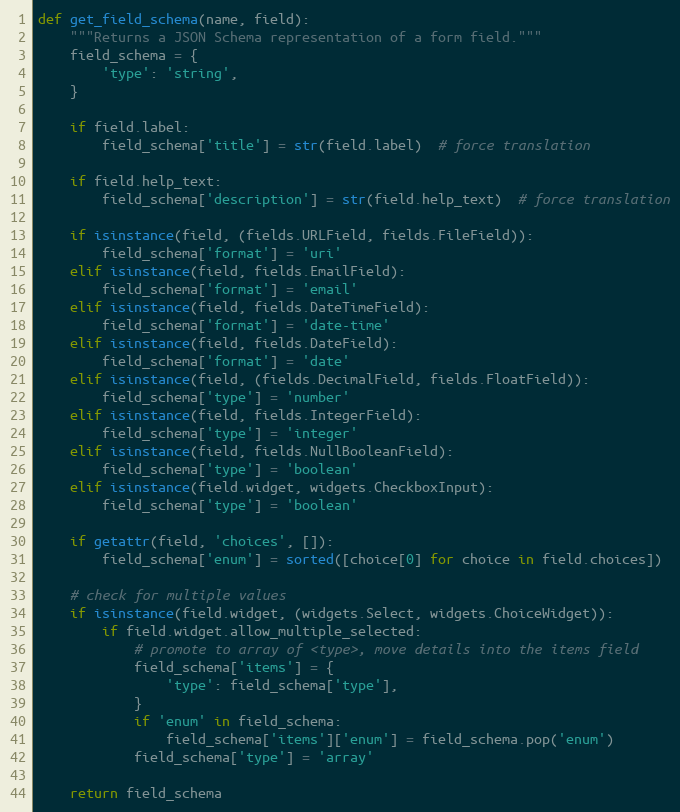
Language: Python
def get_field_schema(name, field):
    """Returns a JSON Schema representation of a form field."""
    field_schema = {
        'type': 'string',
    }

    if field.label:
        field_schema['title'] = str(field.label)  # force translation

    if field.help_text:
        field_schema['description'] = str(field.help_text)  # force translation

    if isinstance(field, (fields.URLField, fields.FileField)):
        field_schema['format'] = 'uri'
    elif isinstance(field, fields.EmailField):
        field_schema['format'] = 'email'
    elif isinstance(field, fields.DateTimeField):
        field_schema['format'] = 'date-time'
    elif isinstance(field, fields.DateField):
        field_schema['format'] = 'date'
    elif isinstance(field, (fields.DecimalField, fields.FloatField)):
        field_schema['type'] = 'number'
    elif isinstance(field, fields.IntegerField):
        field_schema['type'] = 'integer'
    elif isinstance(field, fields.NullBooleanField):
        field_schema['type'] = 'boolean'
    elif isinstance(field.widget, widgets.CheckboxInput):
        field_schema['type'] = 'boolean'

    if getattr(field, 'choices', []):
        field_schema['enum'] = sorted([choice[0] for choice in field.choices])

    # check for multiple values
    if isinstance(field.widget, (widgets.Select, widgets.ChoiceWidget)):
        if field.widget.allow_multiple_selected:
            # promote to array of <type>, move details into the items field
            field_schema['items'] = {
                'type': field_schema['type'],
            }
            if 'enum' in field_schema:
                field_schema['items']['enum'] = field_schema.pop('enum')
            field_schema['type'] = 'array'

    return field_schema